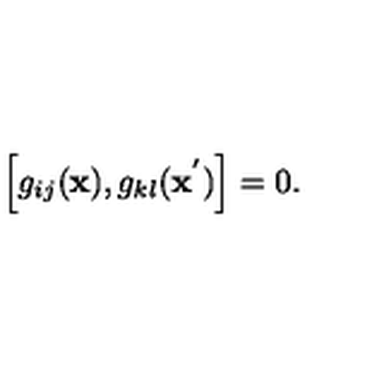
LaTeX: \left[ g _ { i j } ( { \bf x } ) , g _ { k l } ( { \bf x } ^ { ' } ) \right] = 0 .